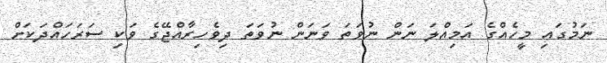
ނަމުގައި މީހެއްގެ އަމިއްލަ ނަން ނުވަތަ ވަނަން ނުވަތަ ދިވެހިރާއްޖޭގެ ވަކި ސަރަހައްދަކަށް